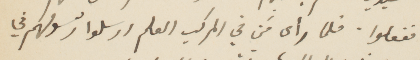
ففعلوا. فلما رأى من في المركب العلم ارسلوا رسولهم في